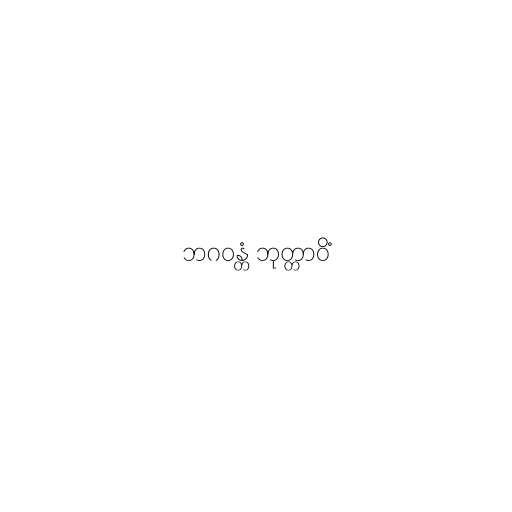
ဘဂဝန္တံ ဘုတ္တာဝိံ